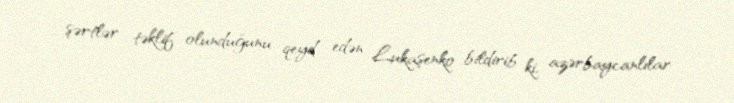
şərtlər təklif olunduğunu qeyd edən Lukaşenko bildirib ki, azərbaycanlılar